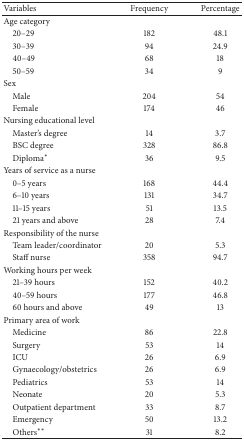
<table><thead><tr><td><b>Variables </b></td><td><b>Frequency </b></td><td><b>Percentage </b></td></tr></thead><tbody><tr><td>Age category</td><td> </td><td> </td></tr><tr><td> 20–29</td><td>182</td><td>48.1</td></tr><tr><td> 30–39</td><td>94</td><td>24.9</td></tr><tr><td> 40–49</td><td>68</td><td>18</td></tr><tr><td> 50–59</td><td>34</td><td>9</td></tr><tr><td>Sex</td><td> </td><td> </td></tr><tr><td>Male</td><td>204</td><td>54</td></tr><tr><td> Female</td><td>174</td><td>46</td></tr><tr><td>Nursing educational level</td><td> </td><td> </td></tr><tr><td> Master&#x27;s degree</td><td>14</td><td>3.7</td></tr><tr><td> BSC degree</td><td>328</td><td>86.8</td></tr><tr><td> Diploma<sup><i>∗</i></sup></td><td>36</td><td>9.5</td></tr><tr><td>Years of service as a nurse</td><td> </td><td> </td></tr><tr><td> 0–5 years</td><td>168</td><td>44.4</td></tr><tr><td> 6–10 years</td><td>131</td><td>34.7</td></tr><tr><td> 11–15 years</td><td>51</td><td>13.5</td></tr><tr><td> 21 years and above</td><td>28</td><td>7.4</td></tr><tr><td>Responsibility of the nurse</td><td> </td><td> </td></tr><tr><td> Team leader/coordinator</td><td>20</td><td>5.3</td></tr><tr><td> Staff nurse</td><td>358</td><td>94.7</td></tr><tr><td>Working hours per week</td><td> </td><td> </td></tr><tr><td> 21–39 hours</td><td>152</td><td>40.2</td></tr><tr><td> 40–59 hours</td><td>177</td><td>46.8</td></tr><tr><td> 60 hours and above</td><td>49</td><td>13</td></tr><tr><td>Primary area of work</td><td> </td><td> </td></tr><tr><td> Medicine</td><td>86</td><td>22.8</td></tr><tr><td> Surgery</td><td>53</td><td>14</td></tr><tr><td> ICU</td><td>26</td><td>6.9</td></tr><tr><td> Gynaecology/obstetrics</td><td>26</td><td>6.9</td></tr><tr><td> Pediatrics</td><td>53</td><td>14</td></tr><tr><td> Neonate</td><td>20</td><td>5.3</td></tr><tr><td> Outpatient department</td><td>33</td><td>8.7</td></tr><tr><td> Emergency</td><td>50</td><td>13.2</td></tr><tr><td> Others<sup><i>∗∗</i></sup></td><td>31</td><td>8.2</td></tr></tbody></table>